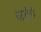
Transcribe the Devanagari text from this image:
जयेंगे